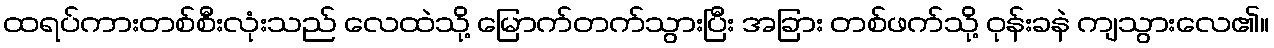
ထရပ်ကားတစ်စီးလုံးသည် လေထဲသို့ မြောက်တက်သွားပြီး အခြား တစ်ဖက်သို့ ဝုန်းခနဲ ကျသွားလေ၏။